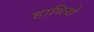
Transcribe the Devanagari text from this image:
हाथियो